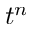
t ^ { n }